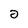
Character: 2